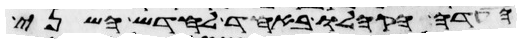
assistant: העדה הקהלו באחד לחדש השני